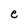
Character: e